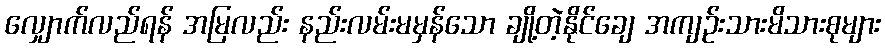
လျှောက်လည်ရန် အမြလည်း နည်းလမ်းမမှန်သော ချို့တဲ့နိုင်ချေ အကျဉ်းသားမိသားစုများ